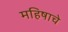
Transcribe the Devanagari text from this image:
महिषाचे